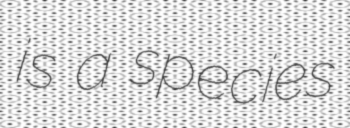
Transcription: is a species